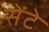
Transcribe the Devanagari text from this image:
सेंटे